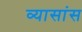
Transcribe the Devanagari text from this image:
व्यासांस